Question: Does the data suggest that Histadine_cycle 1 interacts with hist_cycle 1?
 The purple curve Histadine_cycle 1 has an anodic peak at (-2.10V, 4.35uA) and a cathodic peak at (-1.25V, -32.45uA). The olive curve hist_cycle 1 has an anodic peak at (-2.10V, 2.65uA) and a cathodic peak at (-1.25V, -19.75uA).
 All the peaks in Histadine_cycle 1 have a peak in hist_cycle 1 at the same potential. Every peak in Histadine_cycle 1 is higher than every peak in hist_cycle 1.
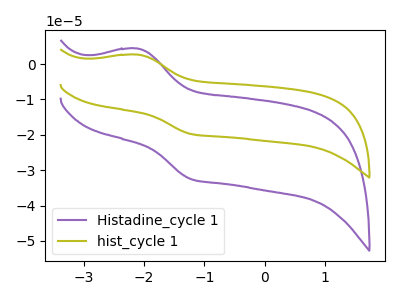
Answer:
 <answer>No, "Histadine_cycle 1" and "hist_cycle 1" don't appear to be significantly different in shape</answer>
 <eval>no_change</eval>